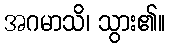
အဂမာသိ၊ သွား၏။